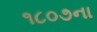
૧૮૦૭ના